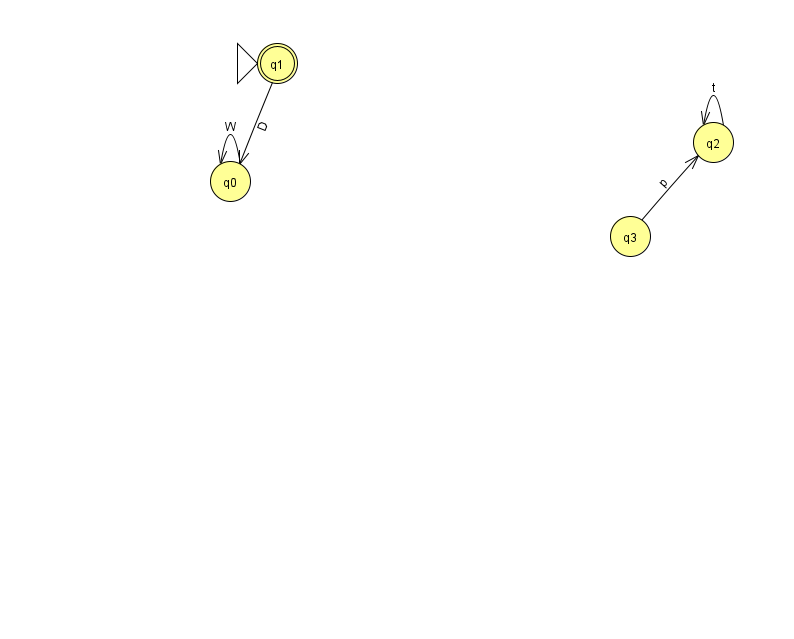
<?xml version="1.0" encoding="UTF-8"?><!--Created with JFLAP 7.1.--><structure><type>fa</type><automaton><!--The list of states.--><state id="0" name="q0"><x>230.0</x><y>168.0</y></state><state id="1" name="q1"><x>277.0</x><y>50.0</y><initial/><final/></state><state id="2" name="q2"><x>713.0</x><y>129.0</y></state><state id="3" name="q3"><x>630.0</x><y>223.0</y></state><!--The list of transitions.--><transition><from>2</from><to>2</to><read>t</read></transition><transition><from>0</from><to>0</to><read>W</read></transition><transition><from>3</from><to>2</to><read>p</read></transition><transition><from>1</from><to>0</to><read>D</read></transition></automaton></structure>